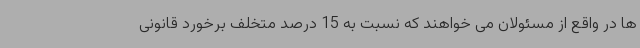
ها در واقع از مسئولان می خواهند که نسبت به 15 درصد متخلف برخورد قانونی